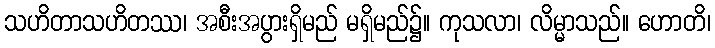
သဟိတာသဟိတဿ၊ အစီးအပွားရှိမည် မရှိမည်၌။ ကုသလာ၊ လိမ္မာသည်။ ဟောတိ၊